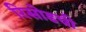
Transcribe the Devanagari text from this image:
रिसोडची